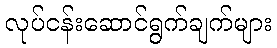
လုပ်ငန်းဆောင်ရွက်ချက်များ